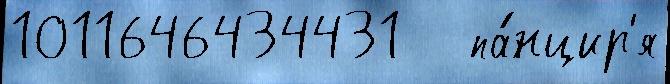
1011646434431   па́нцир'я